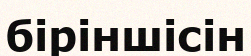
біріншісін